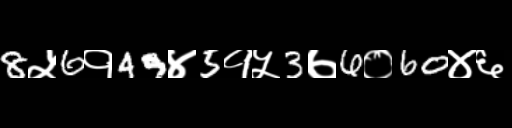
Text: 8५6१49४5१५3७6०60४६